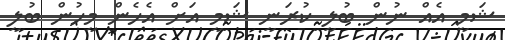
ޝަމީ އެއް ނުން ބުލީ ކުރަނީ ޝަމީ އަށް އެހެން މީހުން ބުލީ